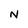
Character: N